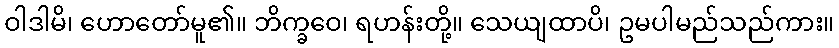
ဝါဒါမိ၊ ဟောတော်မူ၏။ ဘိက္ခဝေ၊ ရဟန်းတို့။ သေယျထာပိ၊ ဥမပါမည်သည်ကား။